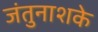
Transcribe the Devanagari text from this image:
जंतुनाशके